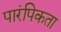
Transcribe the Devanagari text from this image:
पारंपिकता